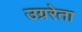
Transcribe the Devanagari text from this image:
उग्ररेता